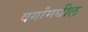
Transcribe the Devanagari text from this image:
वर्गांमधील